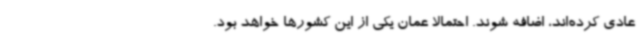
عادی کرده‌اند، اضافه شوند. احتمالا عمان یکی از این کشورها خواهد بود.